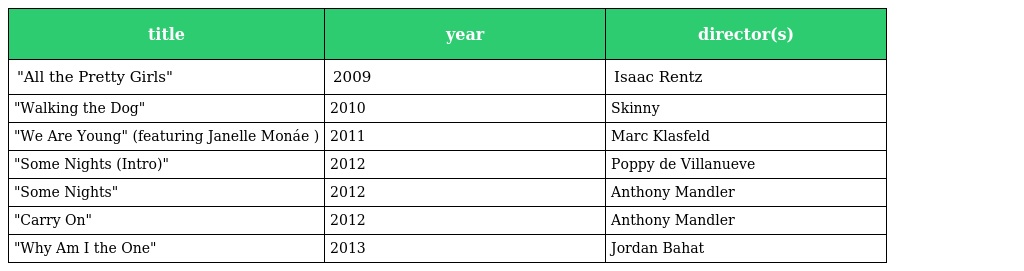
| title | year | director(s) |
 | --- | --- | --- |
 | "All the Pretty Girls" | 2009 | Isaac Rentz |
 | "Walking the Dog" | 2010 | Skinny |
 | "We Are Young" (featuring Janelle Monáe ) | 2011 | Marc Klasfeld |
 | "Some Nights (Intro)" | 2012 | Poppy de Villanueve |
 | "Some Nights" | 2012 | Anthony Mandler |
 | "Carry On" | 2012 | Anthony Mandler |
 | "Why Am I the One" | 2013 | Jordan Bahat |